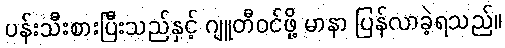
ပန်းသီးစားပြီးသည်နှင့် ဂျူတီဝင်ဖို့ မာနာ ပြန်လာခဲ့ရသည်။